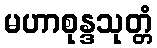
မဟာစုန္ဒသုတ္တံ